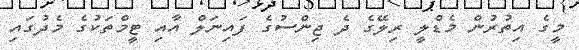
މީގެ އިތުރުން މެޑްލީ ރިލޭގެ ދެ ޖިންސުގެ ފައިނަލް އާއި ޓީމްތަކުގެ މެދުގައި